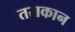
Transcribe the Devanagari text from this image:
तराकान